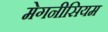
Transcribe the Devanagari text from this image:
मेगनीसियम